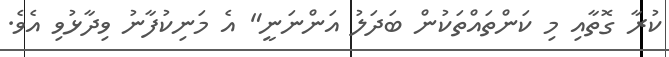
ކުރާ ގޮތާއި މި ކަންތައްތަކުން ބަދަލު އަންނަނީ" އެ މަނިކުފާނު ވިދާޅުވި އެވެ.